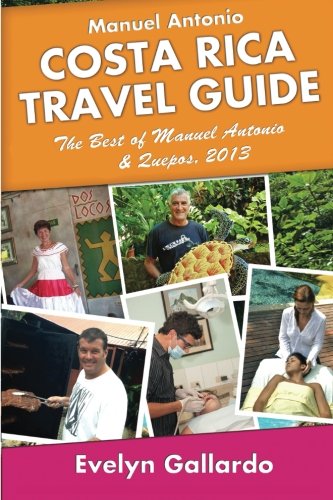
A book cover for Manuel Antonio, Costa Rica Travel Guide: The Best of Manuel Antonio & Quepos, 2013; Evelyn Gallardo; Travel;